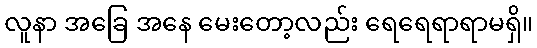
လူနာ အခြေ အနေ မေးတော့လည်း ရေရေရာရာမရှိ။